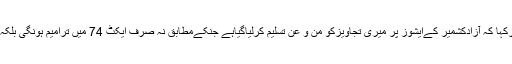
انہوں نےوزیراعظم پاکستان میاں محمد نوازشریف کاشکریہ اداکیا اورکہا کہ آزادکشمیر کےایشوز پر میری تجاویزکو من و عن تسلیم کرلیاگیاہے جنکےمطابق نہ صرف ایکٹ 74 میں ترامیم ہونگی بلکہ آزادکشمیرکاترقیاتی بجٹ دگنااور واٹریوزج چارجز میں اضافہ ہوگا۔